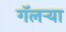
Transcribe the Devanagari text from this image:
गॅलर्‍या